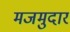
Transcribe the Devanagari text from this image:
मजमुदार